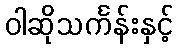
ဝါဆိုသင်္ကန်းနှင့်